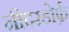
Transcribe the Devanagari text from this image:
नीदरडोर्फ़